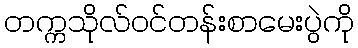
တက္ကသိုလ်ဝင်တန်းစာမေးပွဲကို